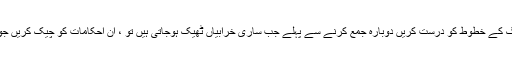
یقینی بنائیں سبھی سرخ رنگ کے خطوط کو درست کریں دوبارہ جمع کرنے سے پہلے جب ساری خرابیاں ٹھیک ہوجاتی ہیں تو ، ان احکامات کو چیک کریں جو آپ درآمد کرنا چاہتے ہیں۔